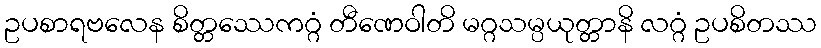
ဥပစာရဗလေန စိတ္တဿေကဂ္ဂံ တီဏေဝါတိ မဂ္ဂသမ္ပယုတ္တာနိ လဂ္ဂံ ဥပစိတဿ